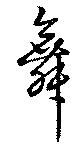
舞